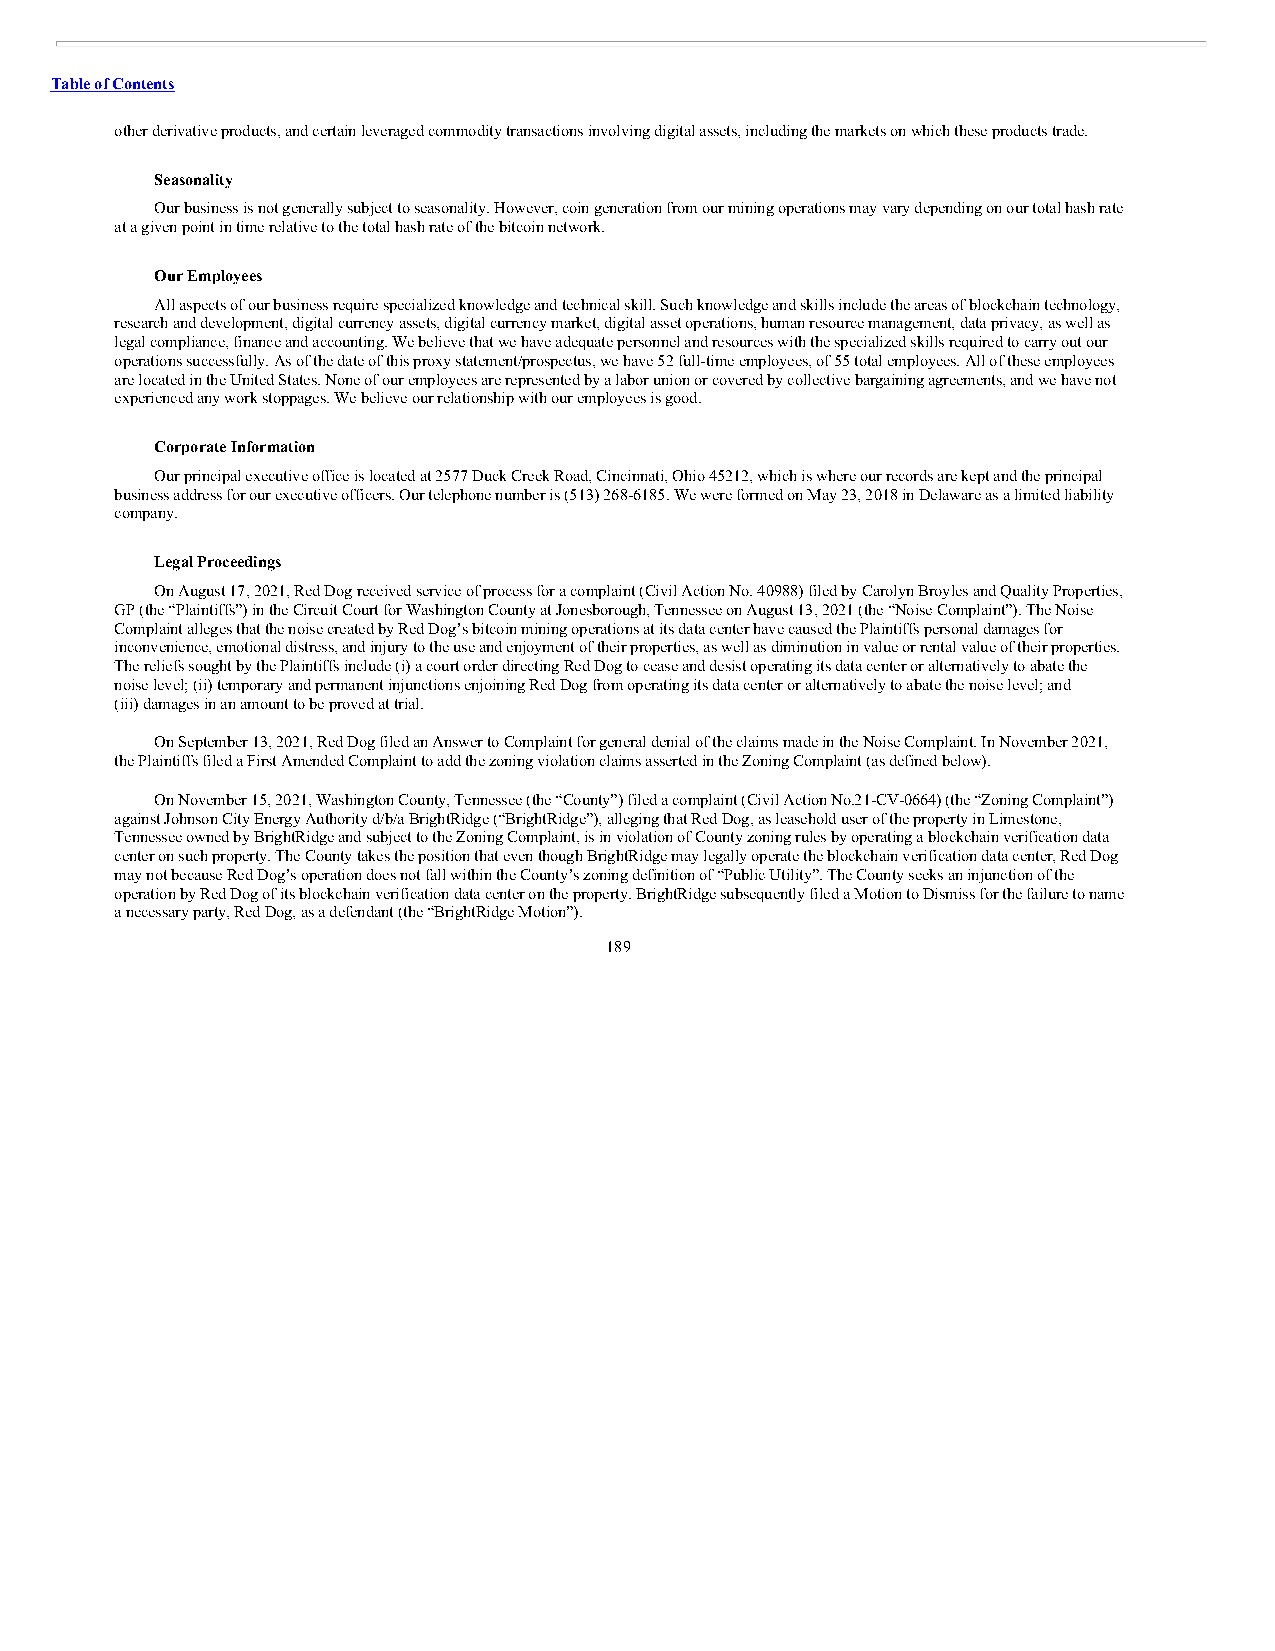
Table of Contents
 other derivative products, and certain leveraged commodity transactions involving digital assets, including the markets on which these products trade.
 Seasonality
 Our business is not generally subject to seasonality. However, coin generation from our mining operations may vary depending on our total hash rate
 at a given point in time relative to the total hash rate of the bitcoin network.
 Our Employees
 All aspects of our business require specialized knowledge and technical skill. Such knowledge and skills include the areas of blockchain technology,
 research and development, digital currency assets, digital currency market, digital asset operations, human resource management, data privacy, as well as
 legal compliance, finance and accounting. We believe that we have adequate personnel and resources with the specialized skills required to carry out our
 operations successfully. As of the date of this proxy statement/prospectus, we have 52 full-time employees, of 55 total employees. All of these employees
 are located in the United States. None of our employees are represented by a labor union or covered by collective bargaining agreements, and we have not
 experienced any work stoppages. We believe our relationship with our employees is good.
 Corporate Information
 Our principal executive office is located at 2577 Duck Creek Road, Cincinnati, Ohio 45212, which is where our records are kept and the principal
 business address for our executive officers. Our telephone number is (513) 268-6185. We were formed on May 23, 2018 in Delaware as a limited liability
 company.
 Legal Proceedings
 On August 17, 2021, Red Dog received service of process for a complaint (Civil Action No. 40988) filed by Carolyn Broyles and Quality Properties,
 GP (the “Plaintiffs”) in the Circuit Court for Washington County at Jonesborough, Tennessee on August 13, 2021 (the “Noise Complaint”). The Noise
 Complaint alleges that the noise created by Red Dog’s bitcoin mining operations at its data center have caused the Plaintiffs personal damages for
 inconvenience, emotional distress, and injury to the use and enjoyment of their properties, as well as diminution in value or rental value of their properties.
 The reliefs sought by the Plaintiffs include (i) a court order directing Red Dog to cease and desist operating its data center or alternatively to abate the
 noise level; (ii) temporary and permanent injunctions enjoining Red Dog from operating its data center or alternatively to abate the noise level; and
 (iii) damages in an amount to be proved at trial.
 On September 13, 2021, Red Dog filed an Answer to Complaint for general denial of the claims made in the Noise Complaint. In November 2021,
 the Plaintiffs filed a First Amended Complaint to add the zoning violation claims asserted in the Zoning Complaint (as defined below).
 On November 15, 2021, Washington County, Tennessee (the “County”) filed a complaint (Civil Action No.2 1-CV-0664) (the “Zoning Complaint”)
 against Johnson City Energy Authority d/b/a BrightRidge (“BrightRidge”), alleging that Red Dog, as leasehold user of the property in Limestone,
 Tennessee owned by BrightRidge and subject to the Zoning Complaint, is in violation of County zoning rules by operating a blockchain verification data
 center on such property. The County takes the position that even though BrightRidge may legally operate the blockchain verification data center, Red Dog
 may not because Red Dog’s operation does not fall within the County’s zoning definition of “Public Utility”. The County seeks an injunction of the
 operation by Red Dog of its blockchain verification data center on the property. BrightRidge subsequently filed a Motion to Dismiss for the failure to name
 a necessary party, Red Dog, as a defendant (the “BrightRidge Motion”).
 189